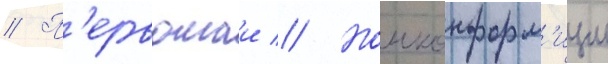
// П'ервомаи // Нонконформ'изм